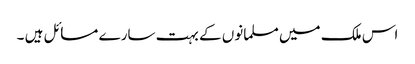
اس ملک میں مسلمانوں کے بہت سارے مسائل ہیں ۔